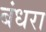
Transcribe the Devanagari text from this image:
बंधरा